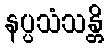
နပ္ပသံသန္တိ